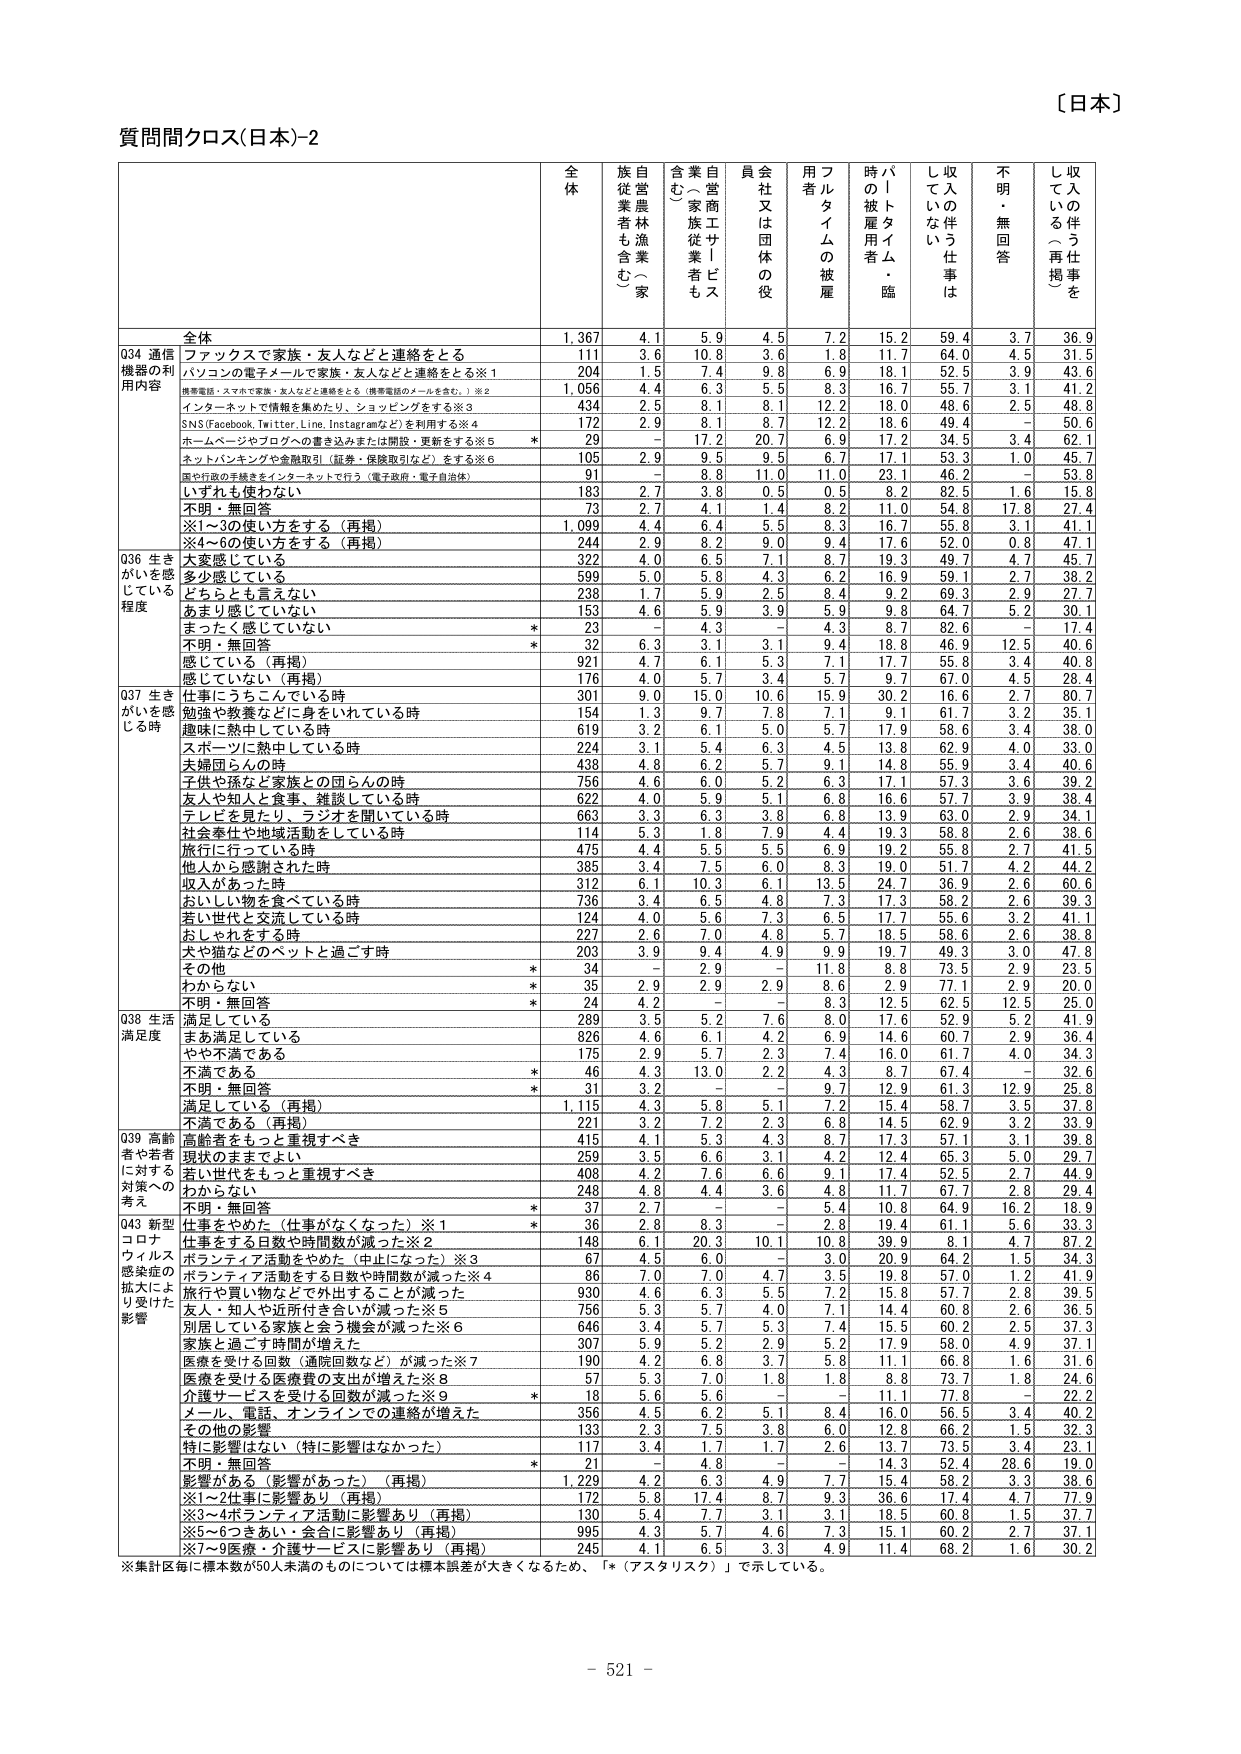
〔日本〕

質問間クロス(日本)-2

全体
族自営農林漁業者も含む（家）
合業（～）家族従業者も含む
員会社又は団体の役
用フルタイムの被雇
時パートタイム・臨時被雇用者
収入の伴う仕事はしている
不明・無回答
収入の伴う仕事をしていない（再掲）

全体
1,367
4.1
5.9
4.5
7.2
15.2
59.4
3.7
36.9

Q34 通信機器の利用内容
ファックスで家族・友人などと連絡をとる
111
3.6
10.8
3.6
1.8
11.7
64.0
4.5
31.5
パソコンの電子メールで家族・友人などと連絡をとる※1
204
1.5
7.4
9.8
6.9
18.1
52.5
3.9
43.6
携帯電話・スマホで家族・友人などと連絡をとる（携帯電話のメールを含む。）※2
1,056
4.4
6.3
5.5
8.3
16.7
55.7
3.1
41.2
インターネットで情報を集めたり、ショッピングをする※3
434
2.5
8.1
8.1
12.2
18.0
48.6
2.5
48.8
SNS(Facebook,Twitter,Line,Instagramなど)を利用する※4
172
2.9
8.1
8.7
12.2
18.6
49.4
-
50.6
ホームページやブログへの書き込みまたは開設・更新をする※5
29
-
17.2
20.7
6.9
17.2
34.5
3.4
62.1
ネットバンキングや金融取引（証券・保険取引など）をする※6
105
2.9
9.5
9.5
6.7
17.1
53.3
1.0
45.7
国や行政の手続きをインターネットで行う（電子政府・電子自治体）
91
-
8.8
11.0
11.0
23.1
46.2
-
53.8
いずれも使わない
183
2.7
3.8
0.5
0.5
8.2
82.5
1.6
15.8
不明・無回答
73
2.7
4.1
1.4
8.2
11.0
54.8
17.8
27.4
※1～3の使い方をする（再掲）
1,099
4.4
6.4
5.5
8.3
16.7
55.8
3.1
41.1
※4～6の使い方をする（再掲）
244
2.9
8.2
9.0
9.4
17.6
52.0
0.8
47.1

Q36 生きがいを感じている程度
大変感じている
322
4.0
6.5
7.1
8.7
19.3
49.7
4.7
45.7
多少感じている
599
5.0
5.8
4.3
6.2
16.9
59.1
2.7
38.2
どちらとも言えない
238
1.7
5.9
2.5
8.4
9.2
69.3
2.9
27.7
あまり感じていない
153
4.6
5.9
3.9
5.9
9.8
64.7
5.2
30.1
まったく感じていない
23
-
4.3
-
4.3
8.7
82.6
-
17.4
不明・無回答
32
6.3
3.1
3.1
9.4
18.8
46.9
12.5
40.6
感じている（再掲）
921
4.7
6.1
5.3
7.1
17.7
55.8
3.4
40.8
感じていない（再掲）
176
4.0
5.7
3.4
5.7
9.7
67.0
4.5
28.4

Q37 生きがいを感じる時
仕事にうちこんでいる時
301
9.0
15.0
10.6
15.9
30.2
16.6
2.7
80.7
勉強や教養などに身をいれている時
154
1.3
9.7
7.8
7.1
9.1
61.7
3.2
35.1
趣味に熱中している時
619
3.2
6.1
5.0
5.7
17.9
58.6
3.4
38.0
スポーツに熱中している時
224
3.1
5.4
6.3
4.5
13.8
62.9
4.0
33.0
夫婦団らんの時
438
4.8
6.2
5.7
9.1
14.8
55.9
3.4
40.6
子供や孫など家族との団らんの時
756
4.6
6.0
5.2
6.3
17.1
57.3
3.6
39.2
友人や知人と食事、雑談している時
622
4.0
5.9
5.1
6.8
16.6
57.7
3.9
38.4
テレビを見たり、ラジオを聞いている時
663
3.3
6.3
3.8
6.8
13.9
63.0
2.9
34.1
社会奉仕や地域活動をしている時
114
5.3
1.8
7.9
4.4
19.3
58.8
2.6
38.6
旅行に行っている時
475
4.4
5.5
5.5
6.9
19.2
55.8
2.7
41.5
他人から感謝された時
385
3.4
7.5
6.0
8.3
19.0
51.7
4.2
44.2
収入があった時
312
6.1
10.3
6.1
13.5
24.7
36.9
2.6
60.6
おいしい物を食べている時
736
3.4
6.5
4.8
7.3
17.3
58.2
2.6
39.3
若い世代と交流している時
124
4.0
5.6
7.3
6.5
17.7
55.6
3.2
41.1
おしゃれをする時
227
2.6
7.0
4.8
5.7
18.5
58.6
2.6
38.8
犬や猫などのペットと過ごす時
203
3.9
9.4
4.9
9.9
19.7
49.3
3.0
47.8
その他
34
-
2.9
-
11.8
8.8
73.5
2.9
23.5
わからない
35
2.9
2.9
2.9
8.6
2.9
77.1
2.9
20.0
不明・無回答
24
4.2
-
-
8.3
12.5
62.5
12.5
25.0

Q38 生活満足度
満足している
289
3.5
5.2
7.6
8.0
17.6
52.9
5.2
41.9
まあ満足している
826
4.6
6.1
4.2
6.9
14.6
60.7
2.9
36.4
やや不満である
175
2.9
5.7
2.3
7.4
16.0
61.7
4.0
34.3
不満である
46
4.3
13.0
2.2
4.3
8.7
67.4
-
32.6
不明・無回答
31
3.2
-
-
9.7
12.9
61.3
12.9
25.8
満足している（再掲）
1,115
4.3
5.8
5.1
7.2
15.4
58.7
3.5
37.8
不満である（再掲）
221
3.2
7.2
2.3
6.8
14.5
62.9
3.2
33.9

Q39 高齢者や若者に対する対策への考え
高齢者をもっと重視すべき
415
4.1
5.3
4.3
8.7
17.3
57.1
3.1
39.8
現状のままでよい
259
3.5
6.6
3.1
4.2
12.4
65.3
5.0
29.7
若い世代をもっと重視すべき
408
4.2
7.6
6.6
9.1
17.4
52.5
2.7
44.9
わからない
248
4.8
4.4
3.6
4.8
11.7
67.7
2.8
29.4
不明・無回答
37
2.7
-
-
5.4
10.8
64.9
16.2
18.9

Q43 新型コロナウイルス感染症の拡大により受けた影響
仕事をやめた（仕事がなくなった）※1
36
2.8
8.3
-
2.8
19.4
61.1
5.6
33.3
仕事をする日数や時間が減った※2
148
6.1
20.3
10.1
10.8
39.9
8.1
4.7
87.2
ボランティア活動をやめた（中止になった）※3
67
4.5
6.0
-
3.0
20.9
64.2
1.5
34.3
ボランティア活動をする日数や時間が減った※4
86
7.0
7.0
4.7
3.5
19.8
57.0
1.2
41.9
旅行や買い物などで外出することが減った
930
4.6
6.3
5.5
7.2
15.8
57.7
2.8
39.5
友人・知人や近所付き合いが減った※5
756
5.3
5.7
4.0
7.1
14.4
60.8
2.6
36.5
別居している家族と会う機会が減った※6
646
3.4
5.7
5.3
7.4
15.5
60.2
2.5
37.3
家族と過ごす時間が増えた
307
5.9
5.2
2.9
5.2
17.9
58.0
4.9
37.1
医療を受けた回数（通院回数など）が減った※7
190
4.2
6.8
3.7
5.8
11.1
66.8
1.6
31.6
医療を受けた医療費の支出が増えた※8
57
5.3
7.0
1.8
1.8
8.8
73.7
1.8
24.6
介護サービスを受けた回数が減った※9
18
5.6
5.6
-
-
11.1
77.8
-
22.2
メール、電話、オンラインでの連絡が増えた
356
4.5
6.2
5.1
8.4
16.0
56.5
3.4
40.2
その他の影響
133
2.3
7.5
3.8
6.0
12.8
66.2
1.5
32.3
特に影響はない（特に影響はなかった）
117
3.4
1.7
1.7
2.6
13.7
73.5
3.4
23.1
不明・無回答
21
-
4.8
-
-
14.3
52.4
28.6
19.0
影響がある（影響があった）（再掲）
1,229
4.2
6.3
4.9
7.7
15.4
58.2
3.3
38.6
※1～2仕事に影響あり（再掲）
172
5.8
17.4
8.7
9.3
36.6
17.4
4.7
77.9
※3～4ボランティア活動に影響あり（再掲）
130
5.4
7.7
3.1
3.1
18.5
60.8
1.5
37.7
※5～6つきあい・会合に影響あり（再掲）
995
4.3
5.7
4.6
7.3
15.1
60.2
2.7
37.1
※7～9医療・介護サービスに影響あり（再掲）
245
4.1
6.5
3.3
4.9
11.4
68.2
1.6
30.2

※集計区毎に標本数が50人未満のものについては標本誤差が大きくなるため、「*（アスタリスク）」で示している。

- 521 -